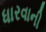
ધારવાની